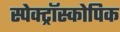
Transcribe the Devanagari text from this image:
स्पेक्ट्रॉस्कोपिक